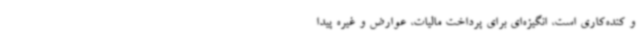
و کنده‌کاری است، انگیزه‌ای برای پرداخت مالیات، عوارض و غیره پیدا